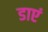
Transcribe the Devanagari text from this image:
डाएं